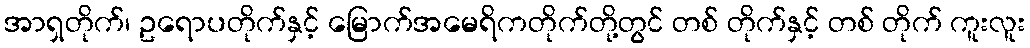
အာရှတိုက်၊ ဥရောပတိုက်နှင့် မြောက်အမေရိကတိုက်တို့တွင် တစ် တိုက်နှင့် တစ် တိုက် ကူးလူး